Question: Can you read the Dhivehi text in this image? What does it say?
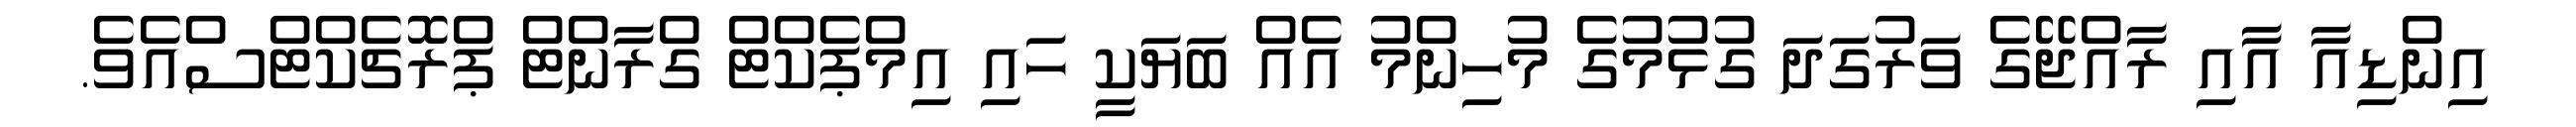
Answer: އިންޑިއާ އާއި ރާއްޖޭގެ ވަރުގަދަ ގުޅުމުގެ މުހިންމު އެއް ބަޔަކީ ހައި އިމްޕެކްޓް ގްރާންޓް ޕްރޮޗެކްޓްސްއެވެ.